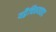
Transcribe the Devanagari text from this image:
यद्वैचित्रयवाद